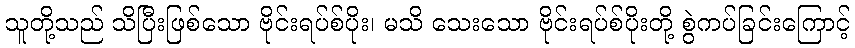
သူတို့သည် သိပြီးဖြစ်သော ဗိုင်းရပ်စ်ပိုး၊ မသိ သေးသော ဗိုင်းရပ်စ်ပိုးတို့ စွဲကပ်ခြင်းကြောင့်